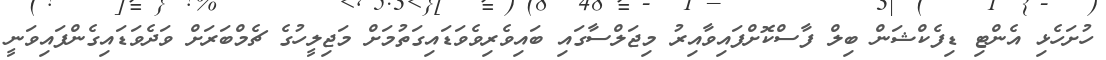
ހުށަހެޅި އެންޓި ޑިފެކްޝަން ބިލް ފާސްކޮށްފައިވާއިރު މިޖަލްސާގައި ބައިވެރިވެވަޑައިގަތުމަށް މަޖިލީހުގެ ޗެމްބަރަށް ވަދެވަޑައިގެންފައިވަނީ